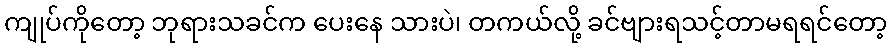
ကျုပ်ကိုတော့ ဘုရားသခင်က ပေးနေ သားပဲ၊ တကယ်လို့ ခင်ဗျားရသင့်တာမရရင်တော့